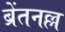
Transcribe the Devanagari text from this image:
ब्रेंतनल्ल